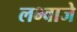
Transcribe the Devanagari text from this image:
लभ्वाजे